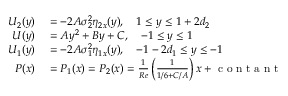
\begin{array} { r l } { { U } _ { 2 } ( y ) } & { { } = - 2 A \sigma _ { 2 } ^ { 2 } \eta _ { 2 x } ( y ) , \quad 1 \leq y \leq 1 + 2 d _ { 2 } } \\ { { U } ( y ) } & { { } = A y ^ { 2 } + B y + C , \quad - 1 \leq y \leq 1 } \\ { { U } _ { 1 } ( y ) } & { { } = - 2 A \sigma _ { 1 } ^ { 2 } \eta _ { 1 x } ( y ) , \quad - 1 - 2 d _ { 1 } \leq y \leq - 1 } \\ { P ( x ) } & { { } = P _ { 1 } ( x ) = P _ { 2 } ( x ) = \frac { 1 } { R e } \left( \frac { 1 } { 1 / 6 + C / A } \right) x + \mathrm { ~ c ~ o ~ n ~ t ~ a ~ n ~ t ~ } } \end{array}